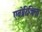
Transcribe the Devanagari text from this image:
एबोरिजिना